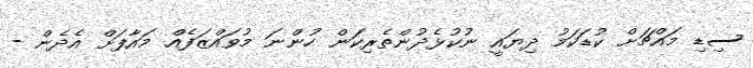
ސިޑި މައްޗަށް ކުޑަކަމު ދިޔައީ ނުކުޅެދުންތެރިކަން ހުންނަ މުވައްޒަފެއް މައާފަށް އެދެން -